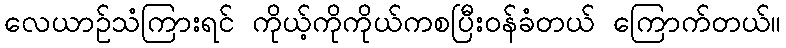
လေယာဥ်သံကြားရင် ကိုယ့်ကိုကိုယ်ကစပြီးဝန်ခံတယ် ကြောက်တယ်။